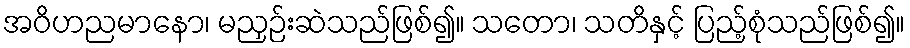
အဝိဟညမာနော၊ မညှဉ်းဆဲသည်ဖြစ်၍။ သတော၊ သတိနှင့် ပြည့်စုံသည်ဖြစ်၍။